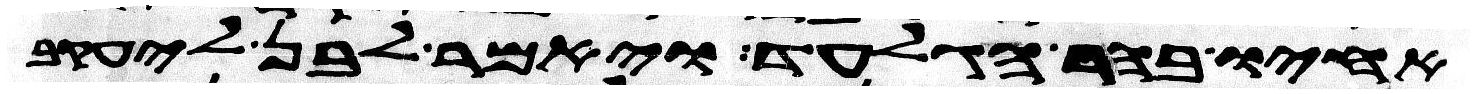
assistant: אחיו בהר הגלעד ויאמר לבן ליעקב